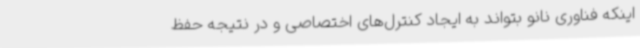
اینکه فناوری نانو بتواند به ایجاد کنترل‌های اختصاصی و در نتیجه حفظ